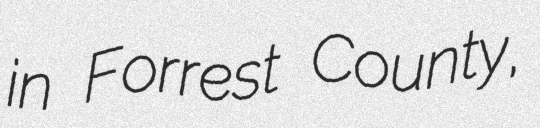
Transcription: in Forrest County,